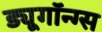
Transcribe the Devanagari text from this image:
ड्यूगॉन्ग्स